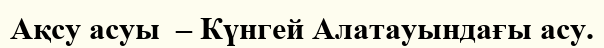
Ақсу асуы  – Күнгей Алатауындағы асу.